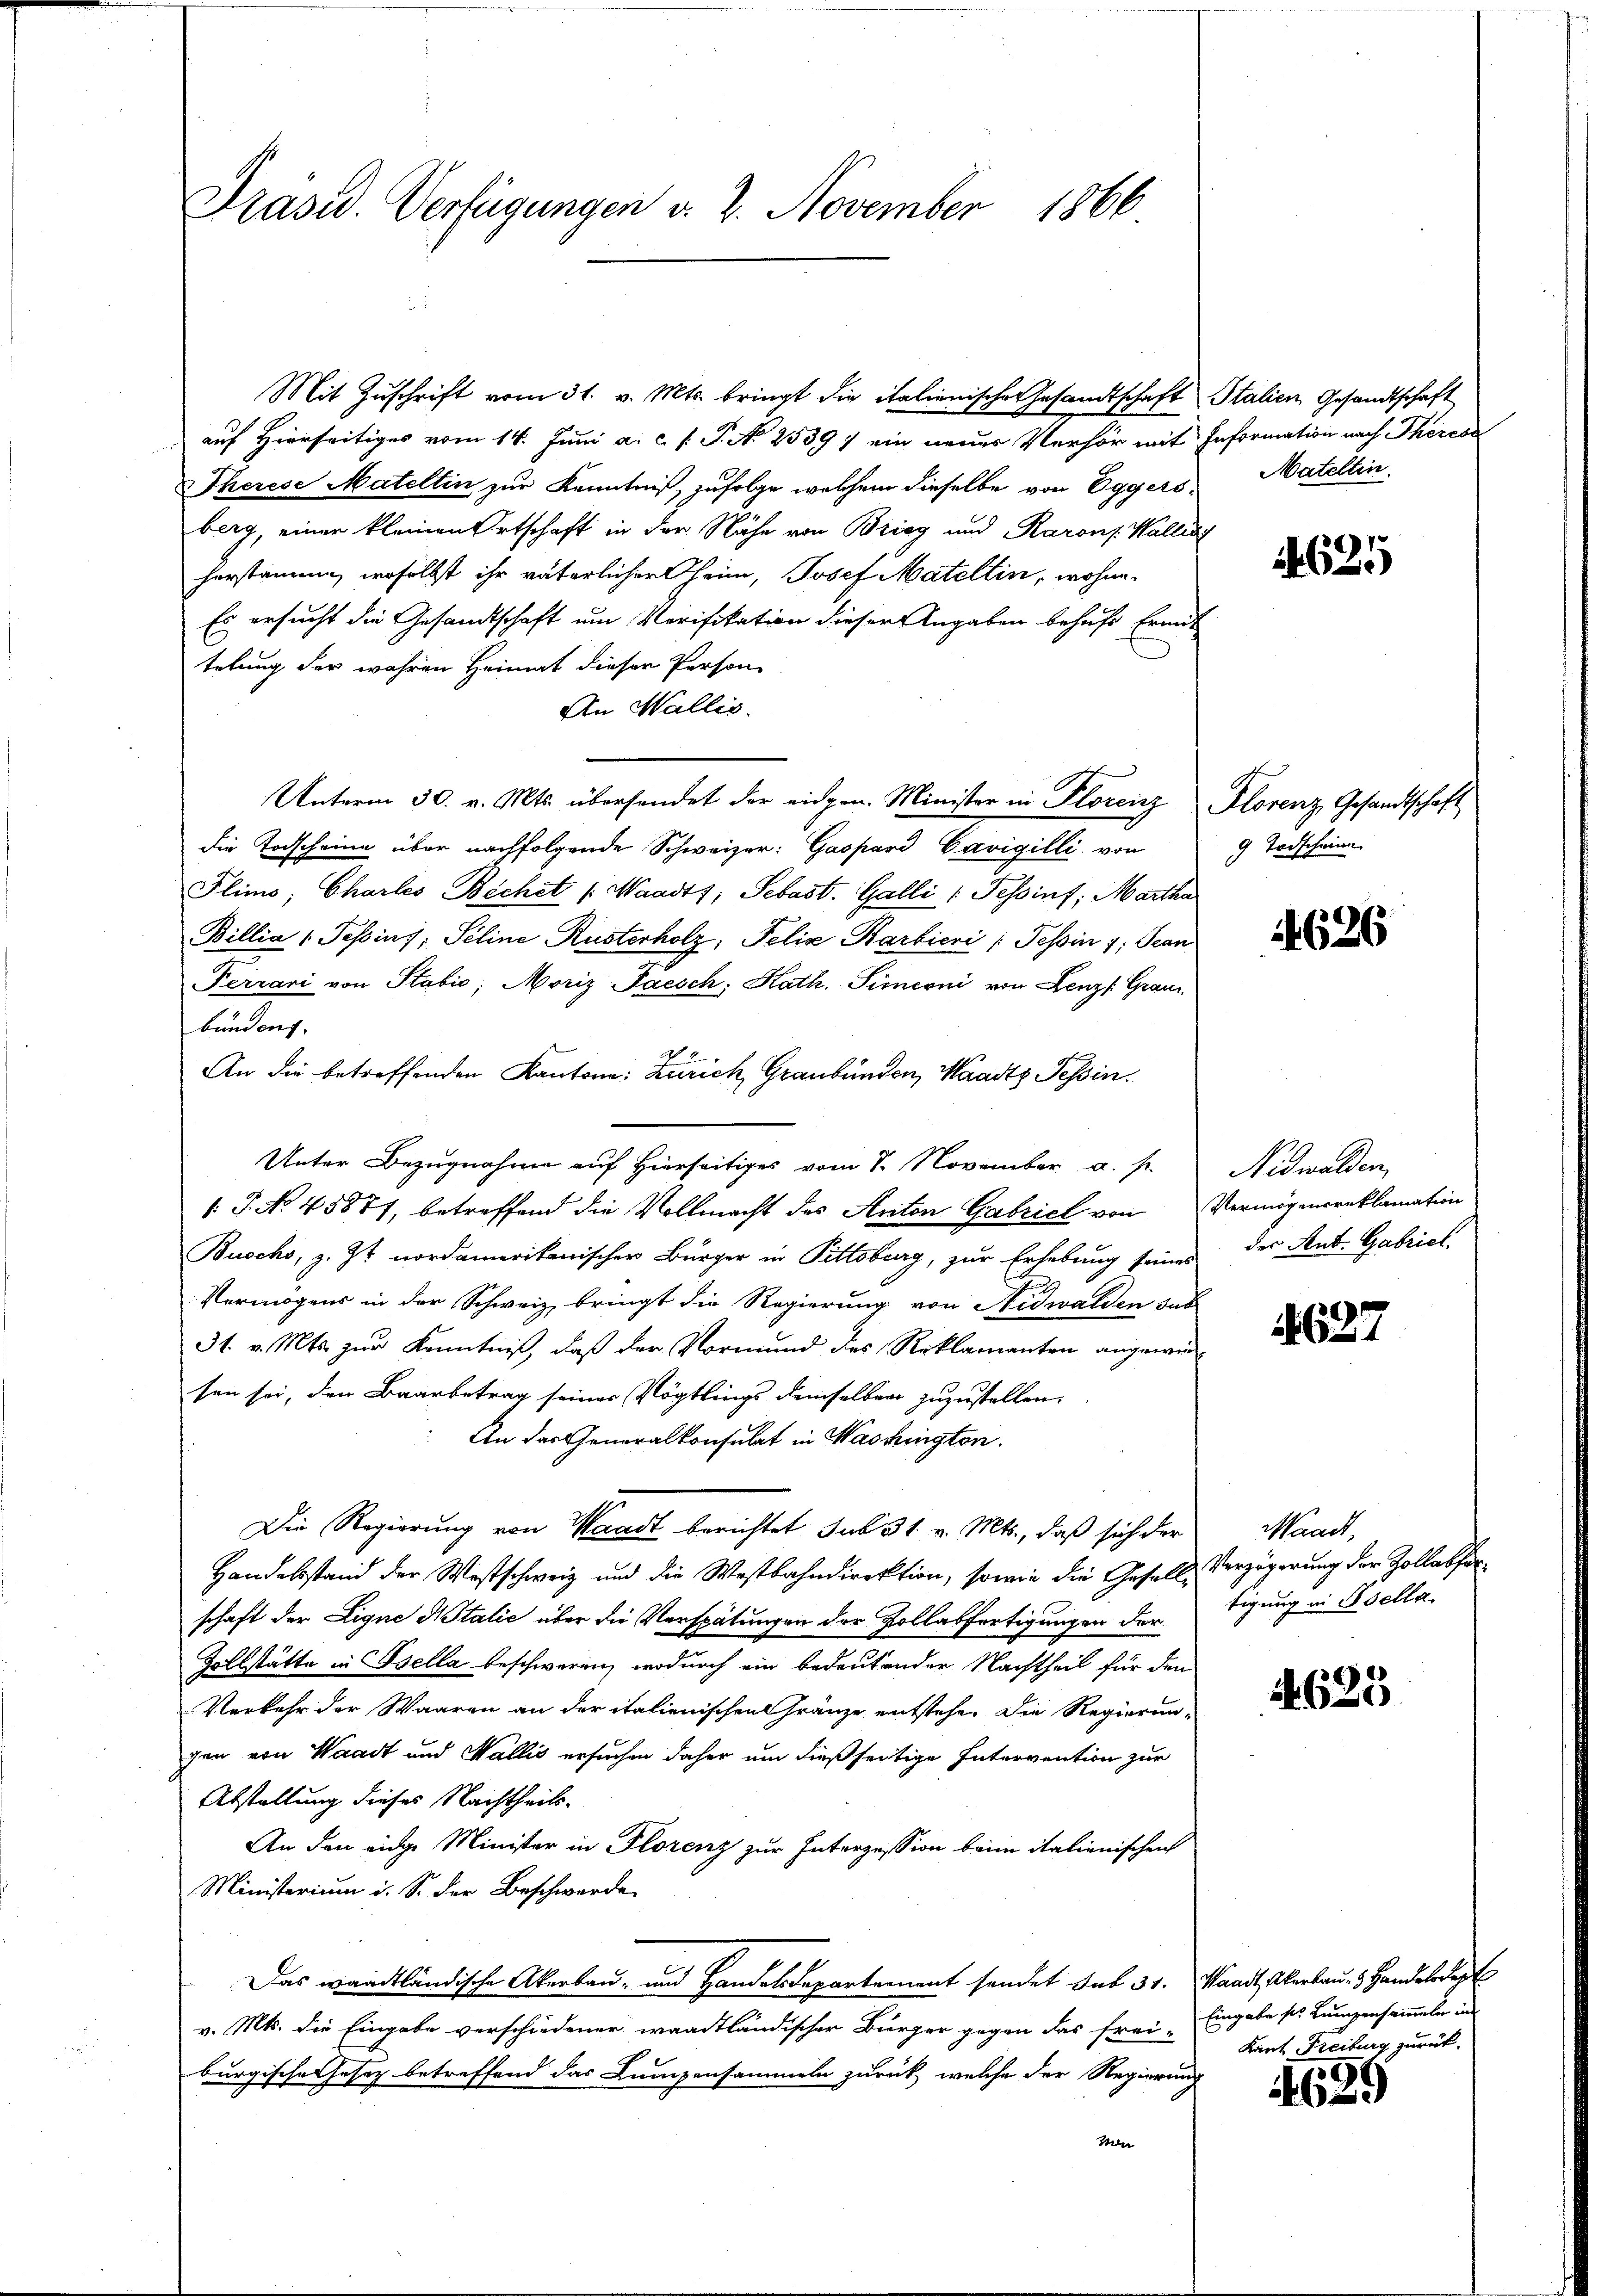
Präsid. Verfügungen v. 2. November 1866

Mit Zuschrift vom 31. v. Mts. bringt die italienische Gesandtschaft
auf Hierseitiges vom 14. Juni a. c. f. P. No 25397 ein neues Verhör mit
Therese Mateltin zur Kenntniß, zufolge welchem dieselbe von Eggers Mateltin
berg, einer kleinen Ortschaft in der Nähe von Brieg und Rarons Wallis
herstamme, woselbst ihr väterlicher heim, Josef Matellin, wohne
Es ersucht die Gesandtschaft um Verifikation dieser Angaben behufs Ermit
telung der wahren Heimat dieser Person-
An Wallis.
Unterm 30. v. Mts. übersendet der eidgen. Minister in Plorenz
die Todscheine über nachfolgende Schweizer: Gaspard Cavigilli von
Plimo, Charles Bichet (Waadt, Sebast. Galli (Tessint, Marth
Billia 1 Tessins, Seline Rusterholz, Felix Karbieri : Tessin 7: Jean
Ferrari von Stabić, Moriz Paesch, Kath. Simeoni von Lenz /: Grauz
bunden.
An die betreffenden Kantone: Zürich Graubünden, Maasts Tessin.
Unter Bezugnahme auf Hierseitiges vom 8. November a. s.
[J. No 45877, betreffend die Vollmacht des Anton Gabriel von
Buschs, z. Zt. nordamerikanischer Bürger in Pittsberg, zur Erhebung seine
.
Vermögens in der Schweiz bringt die Regierung von Nidwalden du
31. v. Mts. zur Kenntniß, daß der Vormund des Reklamanten angewiesen sei, den Baarbetrag seiner Vögtlings demselben zuzustellen.
An der Generalkonsulat in Washington.
Die Regierung von Waadt berichtet sub 31. v. Mts., daß sich der
Handelsstand der Westschweiz und die Westbahndirektion, sowie die Gesellschaft der Eigne Notalić über die Verspätungen der Kollabfertigungen dor¬
Zollstätte in Ssella beschweren, wodurch ein bedeutender Nachtheil für den
Verkehr der Waaren an der italienischen Gränze entstehe. Die Regierun-
gen von Waadt und Wallis ersuchen daher um dießseitige Intervention zur
Abstellung dieses Nachtheils-
An den eidge Minister in Florenz zur Interzession beim italienischen
Ministerium i. S. der Beschwerde
Das wardtländische Akerbau- und Handelsdepartement sendet sub 31.
v. Mts. die Eingabe verschiedener waadtländischer Bürger gegen das frei-
burgische Gesez betreffend das Lumpensammeln zurück, welche der Regierun
Von

2 Italien Gesandtschaft
1 Information nach Theress

c
c

4625

Florenz Gesandtschaft
9 Todschein

4626

Nidwalden,
Vermögensreklamation
 der Ant. Gabriel

4627

Waadt,
Verzögerung der Zollatho
tigung in Bella.

4625

aadt, Akerbaues Handelsreg
Eingabe s. Lumpensammeln in
Kant Freiburg zurück.

99
462